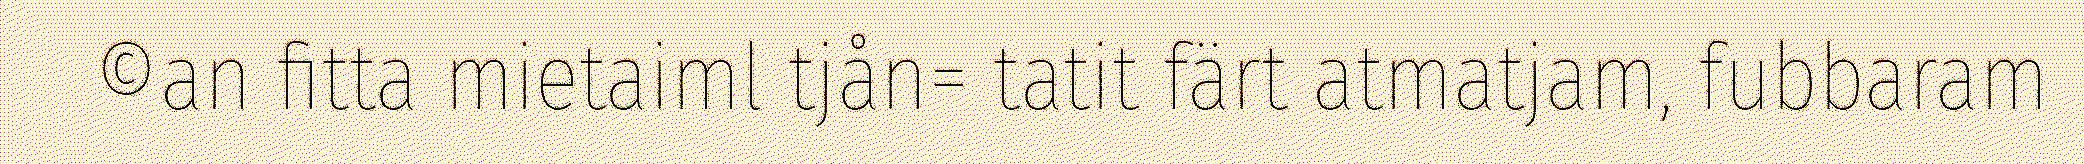
©an fitta mietaiml tjån= tatit färt atmatjam, fubbaram